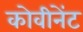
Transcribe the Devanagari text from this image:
कोवीनेंट